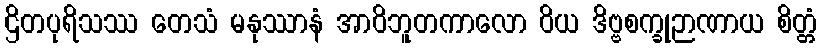
ဌိတပုရိသဿ တေသံ မနုဿာနံ အာဝိဘူတကာလော ဝိယ ဒိဗ္ဗစက္ခုဉာဏာယ စိတ္တံ